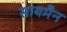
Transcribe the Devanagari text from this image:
सायमैन